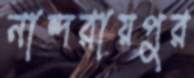
নান্দরায়পুর